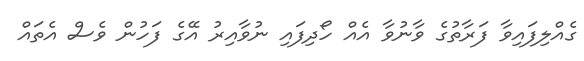
ގެއްލިފައިވާ ފަރާތުގެ ވާނުވާ އެއް ހޯދިފައި ނުވާއިރު އޭގެ ފަހުން ވެސް އެތައް